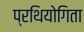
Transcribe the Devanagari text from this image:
प्रथियोगिता